Tartu_Muinsuskaitse_Uhendus, lk 6
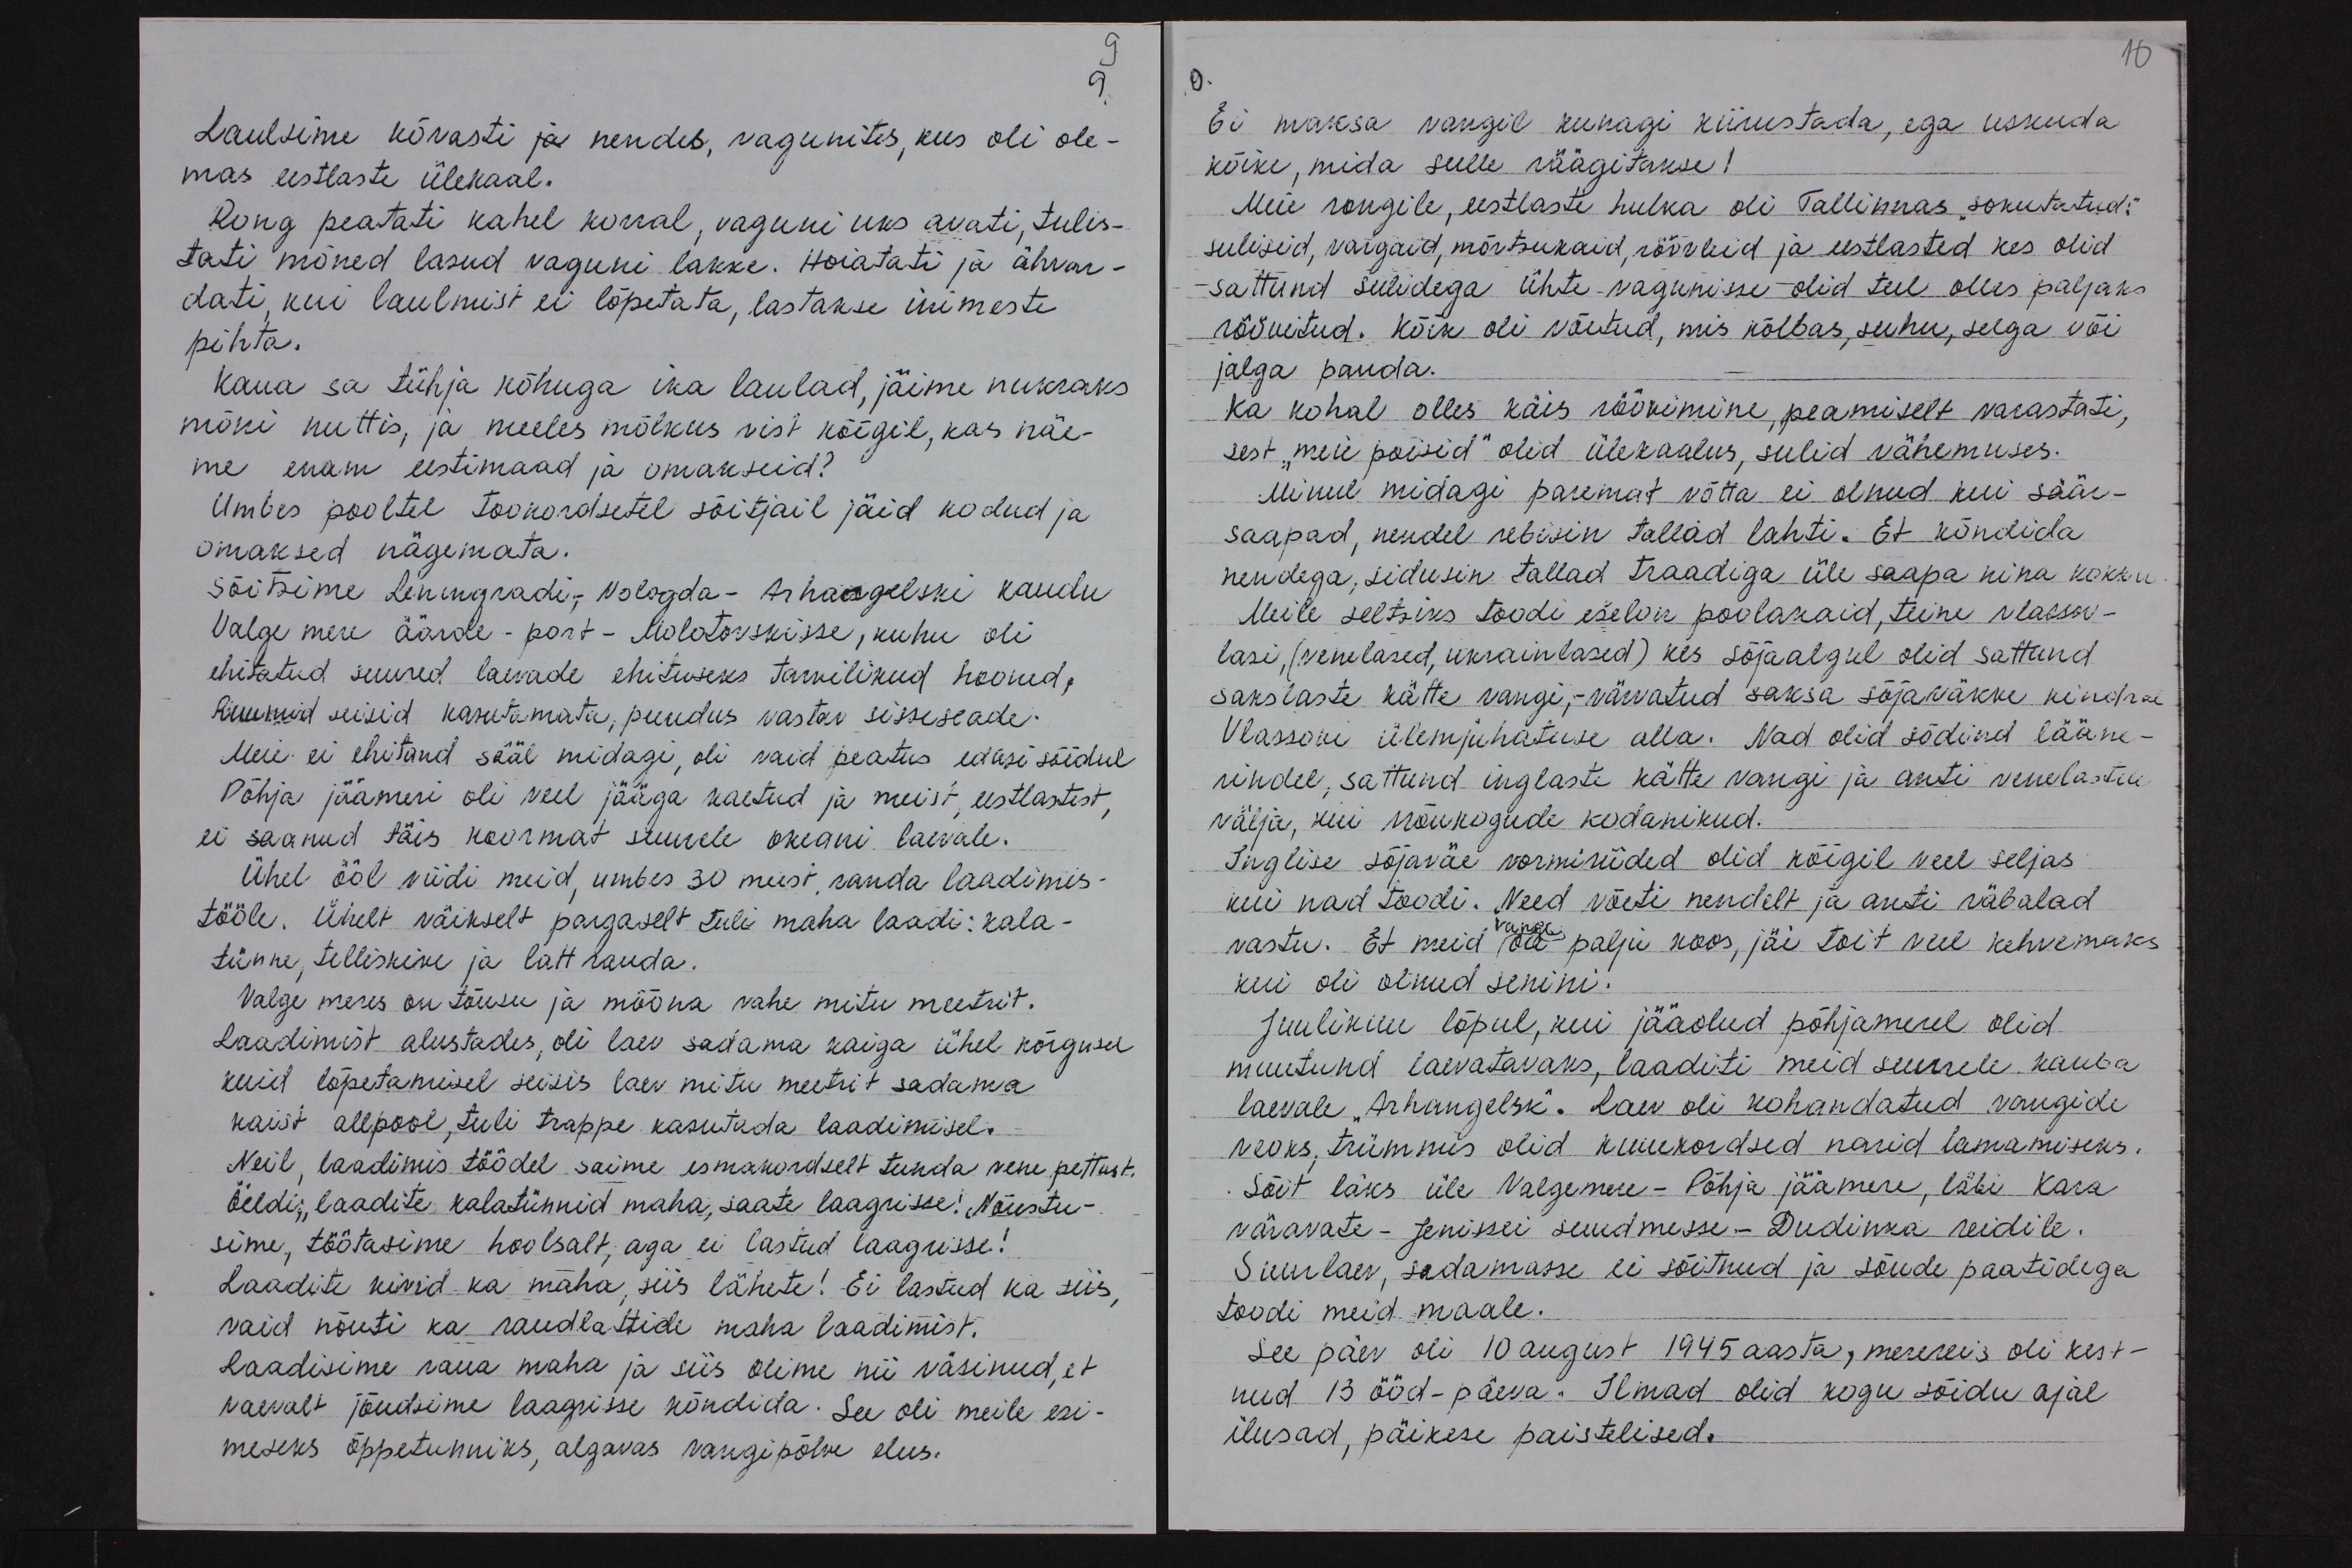
9.
Laulsime kõvasti ja nendes, vagunites, kus oli ole-
mas eestlaste ülekaal.
Rong peatati kahel korral, vaguni uks avati, tulis-
tati mõned lasud vaguni lakke. Hoiatati ja ähvar-
dati, kui laulmist ei lõpetata, lastakse inimeste
pihta.
Kaua sa tühja kõhuga ika laulad, jäime nukraks
mõni nuttis, ja meeles mõlkus vist kõigil, kas näe-
me enam eestimaad ja omakseid?
Umbes pooltel tookordsetel sõitjail jäid kodud ja
omaksed nägemata.
Sõitsime Leningradi, Vologda-Arhangelski kaudu
Valge mere äärde - port - Molotovskisse, kuhu oli
ehitatud suured laevade ehituseks tarvilikud hooned,
Ruumid seisid kasutamata, puudus vastav sisseseade.
Meie ei ehitand sääl midagi, oli vaid peatus edasi sõidul
Põhja jäämeri oli veel jääga kaetud ja meist, eestlastest,
ei saanud täis koormat suurele okeani laevale.
Ühel ööl viidi meid, umbes 30 meist, randa laadimis-
tööle. Ühelt väikselt pargaselt tuli maha laadi: kala-
tünne, telliskive ja latt rauda.
Valge meres on tõusu ja mõõna vahe mitu meetrit.
Laadimist alustades, oli laev sadama kaiga ühel kõrgusel
kuid lõpetamisel seisis laev mitu meetrit sadama
kaist allpool, tuli trappe kasutada laadimisel.
Neil, laadimis töödel saime esmakordselt tunda vene pettust.
Öeldi: "laadite kalatünnid maha, saate laagrisse! "Nõustu-
sime, töötasime hoolsalt, aga ei lastud laagrisse!
Laadite kivid ka maha, siis lähete! Ei lastud ka siis,
vaid nõuti ka raudlattide maha laadimist.
Laadisime raua maha ja siis olime nii väsinud, et
vaevalt jõudsime laagrisse kõndida. See oli meile esi-
meseks õppetunniks, algavas vangipõlve elus.

10

Ei maksa vangil kunagi kiirustada, ega uskuda
kõike, mida sulle räägitakse!
Meie rongile, eestlaste hulka oli Tallinnas "sokutatud".
suliseid, vargaid, mõrtsukaid, röövleid ja eestlasted kes olid
sattund sulidega ühte vagunisse olid teel olles paljaks
röövitud. Kõik oli võetud, mis kõlbas, suhu, selga või
jalga panda.
Ka kohal olles käis röövimine peamiselt varastati,
sest "meie poisid" olid ülekaalus, sulid vähemuses.
Minul midagi paremat võtta ei olnud kui säär-
saapad, nendel rebisin tallad lahti. Et kõndida
nendega, sidusin tallad traadiga üle saapa nina kokku
Meile seltsiks toodi ešelon poolakaid, teine vlassov-
lasi (venelased, ukrainlased) kes sõjaalgul olid sattund
sakslaste kätte vangi,- värvatud saksa sõjaväkke kindral
Vlassovi ülemjuhatuse alla. Nad olid sõdind lääne-
rindel, sattund inglaste kätte vangi ja anti venelastele
välja, kui nõukogude kodanikud.
Inglise sõjaväe vormiriided olid kõigil veel seljas
kui nad toodi. Need võeti nendelt ja anti räbalad
vastu. Et meid olla palju koos, jäi toit veel kehvemaks
kui oli olnud senini.
Juulikuu lõpul, kui jääolud põhjamerel olid
muutund laevatavaks, laaditi meid suurele kauba
laevale "Arhangelsk". Laev oli kohandatud vangide
veoks, trümmis olid kuuekordsed narid lamamiseks.
Sõit läks üle Valgemere-Põhja jäämere, läbi Kara
väravate- Jenissei suudmesse-Dudinka reidile.
Suurlaev, sadamasse ei sõitnud ja sõude paatidega
toodi meid maale.
See päev oli 10 august 1945 aasta, merereis oli kest-
nud 13 ööd-päeva. Ilmad olid kogu sõidu ajal
ilusad, päikese paistelised.